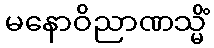
မနောဝိညာဏသ္မိံ